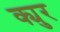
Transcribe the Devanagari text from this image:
क्युर